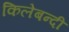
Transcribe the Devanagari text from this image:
किलेबन्‍दी